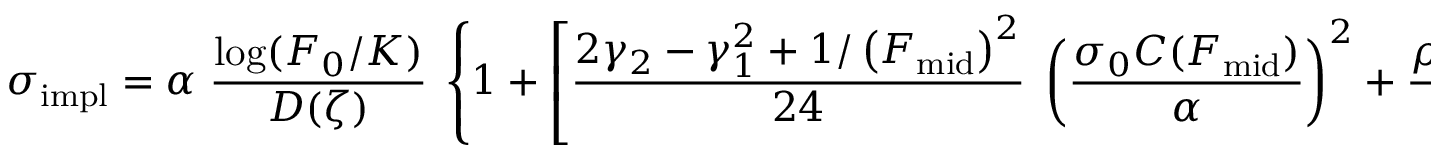
\sigma _ { \mathrm { i m p l } } = \alpha \; { \frac { \log ( F _ { 0 } / K ) } { D ( \zeta ) } } \; \left\{ 1 + \left[ { \frac { 2 \gamma _ { 2 } - \gamma _ { 1 } ^ { 2 } + 1 / \left( F _ { \mathrm { m i d } } \right) ^ { 2 } } { 2 4 } } \; \left( { \frac { \sigma _ { 0 } C ( F _ { \mathrm { m i d } } ) } { \alpha } } \right) ^ { 2 } + { \frac { \rho \gamma _ { 1 } } { 4 } } \; { \frac { \sigma _ { 0 } C ( F _ { \mathrm { m i d } } ) } { \alpha } } + { \frac { 2 - 3 \rho ^ { 2 } } { 2 4 } } \right] \varepsilon \right\} ,